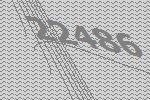
22486